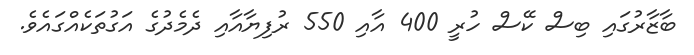
ބާޒާރުގައި ބިސް ކޭސް ހުރީ 400 އާއި 550 ރުފިޔާއާއި ދެމެދުގެ އަގުތަކެއްގައެވެ.